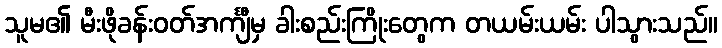
သူမ၏ မီးဖိုခန်းဝတ်အင်္ကျီမှ ခါးစည်းကြိုးတွေက တယမ်းယမ်း ပါသွားသည်။